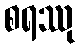
စရဿု